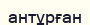
антұрған